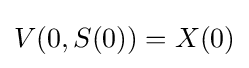
V(0,S(0))=X(0)